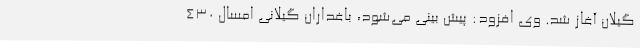
گیلان آغاز شد. وی افزود: پیش بینی می‌شود، باغداران گیلانی امسال 430